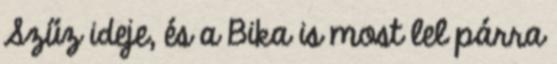
Szűz ideje, és a Bika is most lel párra